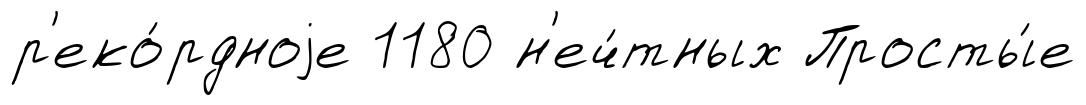
р'еко́рдноjе 1180 н'еч́тных Просты́е